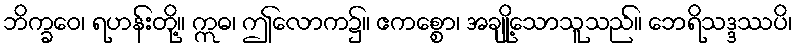
ဘိက္ခဝေ၊ ရဟန်းတို့။ ဣဓ၊ ဤလောက၌။ ဧကစ္စော၊ အချို့သောသူသည်။ ဘေရိသဒ္ဒဿပိ၊